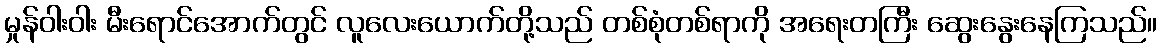
မှုန်ဝါးဝါး မီးရောင်အောက်တွင် လူလေးယောက်တို့သည် တစ်စုံတစ်ရာကို အရေးတကြီး ဆွေးနွေးနေကြသည်။